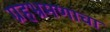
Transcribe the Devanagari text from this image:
ग्रहभ्रमणाचा